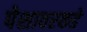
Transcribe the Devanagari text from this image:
पेशावरकडे